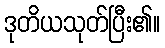
ဒုတိယသုတ်ပြီး၏။